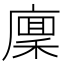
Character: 𢊸